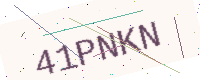
Text: 41PNKN